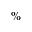
\%